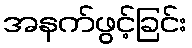
အနက်ဖွင့်ခြင်း